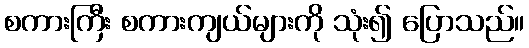
စကားကြီး စကားကျယ်များကို သုံး၍ ပြောသည်။